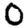
Digit: 0